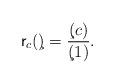
LaTeX: \begin{align*}\mathsf{r}_c(\c) = \frac{\c(c)}{\c(1)}.\end{align*}